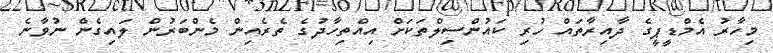
މިހާރު އެމްޑީޕީގެ ދާއިރާތައް ހުރި ކައުންސިލްތަކަށް އިއްތިހާދުގެ ތެރެއިން މެންބަރުން ލައިގެން ނުވާނެ